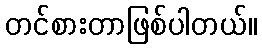
တင်စားတာဖြစ်ပါတယ်။